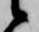
候